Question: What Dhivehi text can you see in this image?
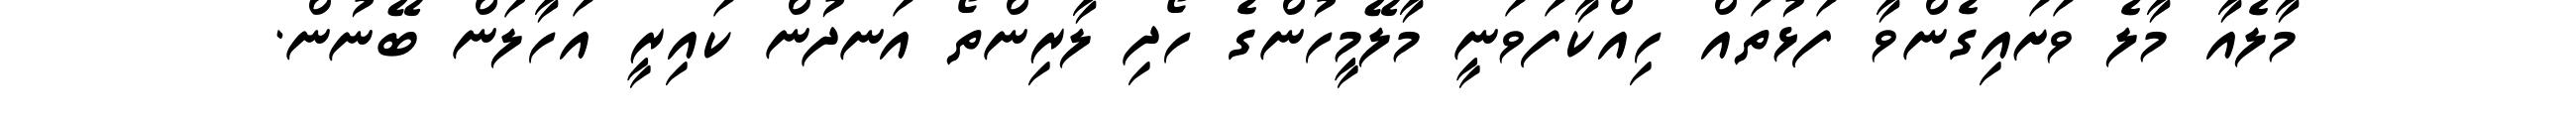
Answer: މާލެއާ މާލެ ވަށައިގެންވާ ފަޅުތައް ހިއްކާފަވަނީ މާލޭމީހުންގެ ހޯދި ލާރިންތޯ އަނދުން ކައިރީ އަހާލަން ބޭނުން.